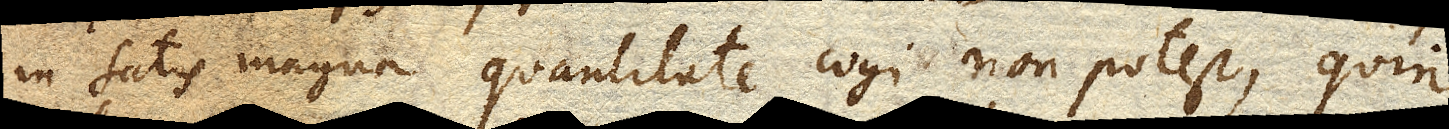
in satis magna quantitate cogi non potest, quin